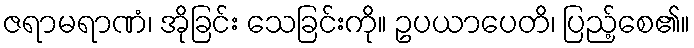
ဇရာမရာဏံ၊ အိုခြင်း သေခြင်းကို။ ဥပယာပေတိ၊ ပြည့်စေ၏။